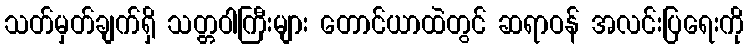
သတ်မှတ်ချက်ရှိ သတ္တဝါကြီးများ တောင်ယာထဲတွင် ဆရာဝန် အလင်းပြရေးကို